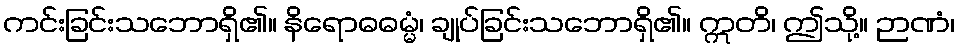
ကင်းခြင်းသဘောရှိ၏။ နိရောဓဓမ္မံ၊ ချုပ်ခြင်းသဘောရှိ၏။ ဣတိ၊ ဤသို့။ ဉာဏံ၊